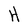
Character: H